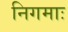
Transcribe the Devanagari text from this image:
निगमाः